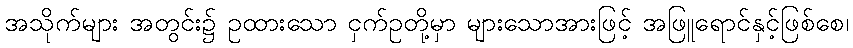
အသိုက်များ အတွင်း၌ ဥထားသော ငှက်ဥတို့မှာ များသောအားဖြင့် အဖြူရောင်နှင့်ဖြစ်စေ၊